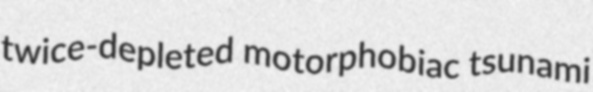
twice-depleted motorphobiac tsunami